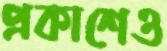
প্রকাশেও